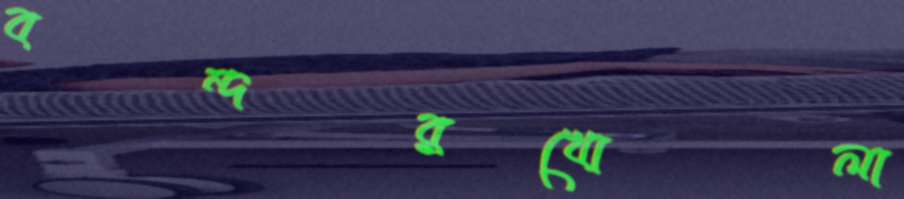
বন্দরখোলা